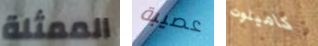
الممثلة عصيبة كاميلوت